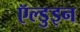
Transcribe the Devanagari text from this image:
ऍल्डुइन